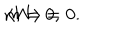
m = 0 , \hspace { 0 . 3 i n } \langle W \rangle = 0 .